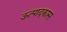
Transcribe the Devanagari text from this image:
ऊत्पादकास